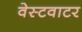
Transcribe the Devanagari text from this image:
वेस्टवाटर